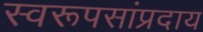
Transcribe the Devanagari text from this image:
स्वरूपसांप्रदाय